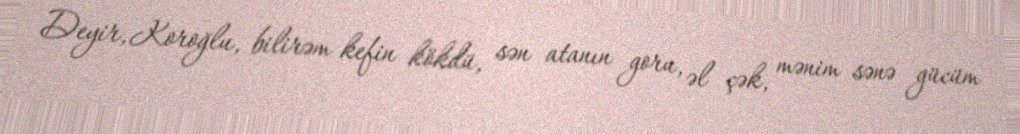
Deyir, Koroğlu, bilirəm kefin kökdü, sən atanın goru, əl çək, mənim sənə gücüm